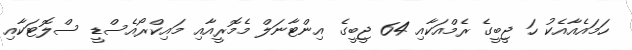
ހަމައެއާއެކު ހަ ޖީބީގެ ރެމްއަކާއި 64 ޖީބީގެ އިންޓާނަލް މެމޮރީއާއި މައިކްރޯއެސްޑީ ސްލޮޓަކާއި